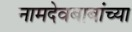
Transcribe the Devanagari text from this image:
नामदेवबाबांच्या